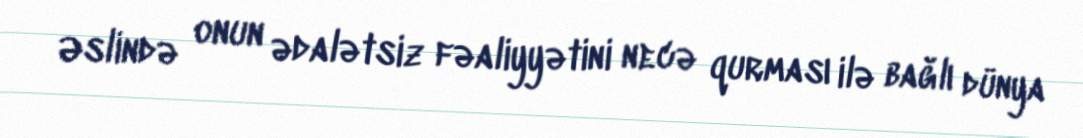
Əslində onun ədalətsiz fəaliyyətini necə qurması ilə bağlı dünya